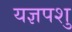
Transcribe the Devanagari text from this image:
यज्ञपशु